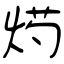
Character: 烵